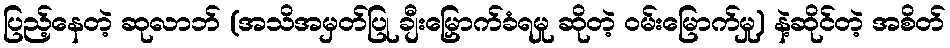
ပြည့်နေတဲ့ ဆုလာဘ် (အသိအမှတ်ပြု ချီးမြှောက်ခံရမှု ဆိုတဲ့ ဝမ်းမြောက်မှု) နဲ့ဆိုင်တဲ့ အစိတ်